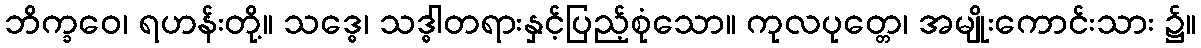
ဘိက္ခဝေ၊ ရဟန်းတို့။ သဒ္ဓေ၊ သဒ္ဓါတရားနှင့်ပြည့်စုံသော။ ကုလပုတ္တေ၊ အမျိုးကောင်းသား ၌။